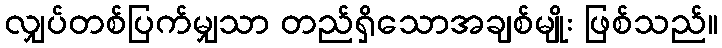
လျှပ်တစ်ပြက်မျှသာ တည်ရှိသောအချစ်မျိုး ဖြစ်သည်။